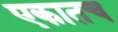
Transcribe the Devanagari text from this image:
एकातच